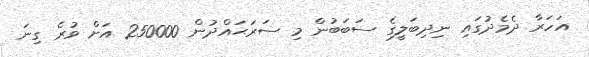
އަހަރާ ދެމެދުގައި ނިދިބަލީގެ ސަބަބުން މި ސަރަޙައްދުން 250000 އަށް ވުރެ ގިނަ